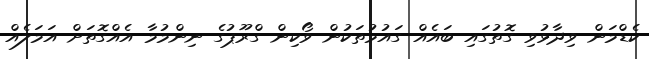
ކެޑްމަން ވިދާޅުވި ގޮތުގައި ބައެއް ގައުމުތަކުން ވޯކިން ގްރޫޕުގެ ނިންމުމާ އެއްގޮތަށް އަމަލެއް